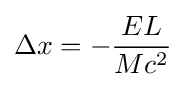
\Delta x=-{\frac {EL}{Mc^{2}}}